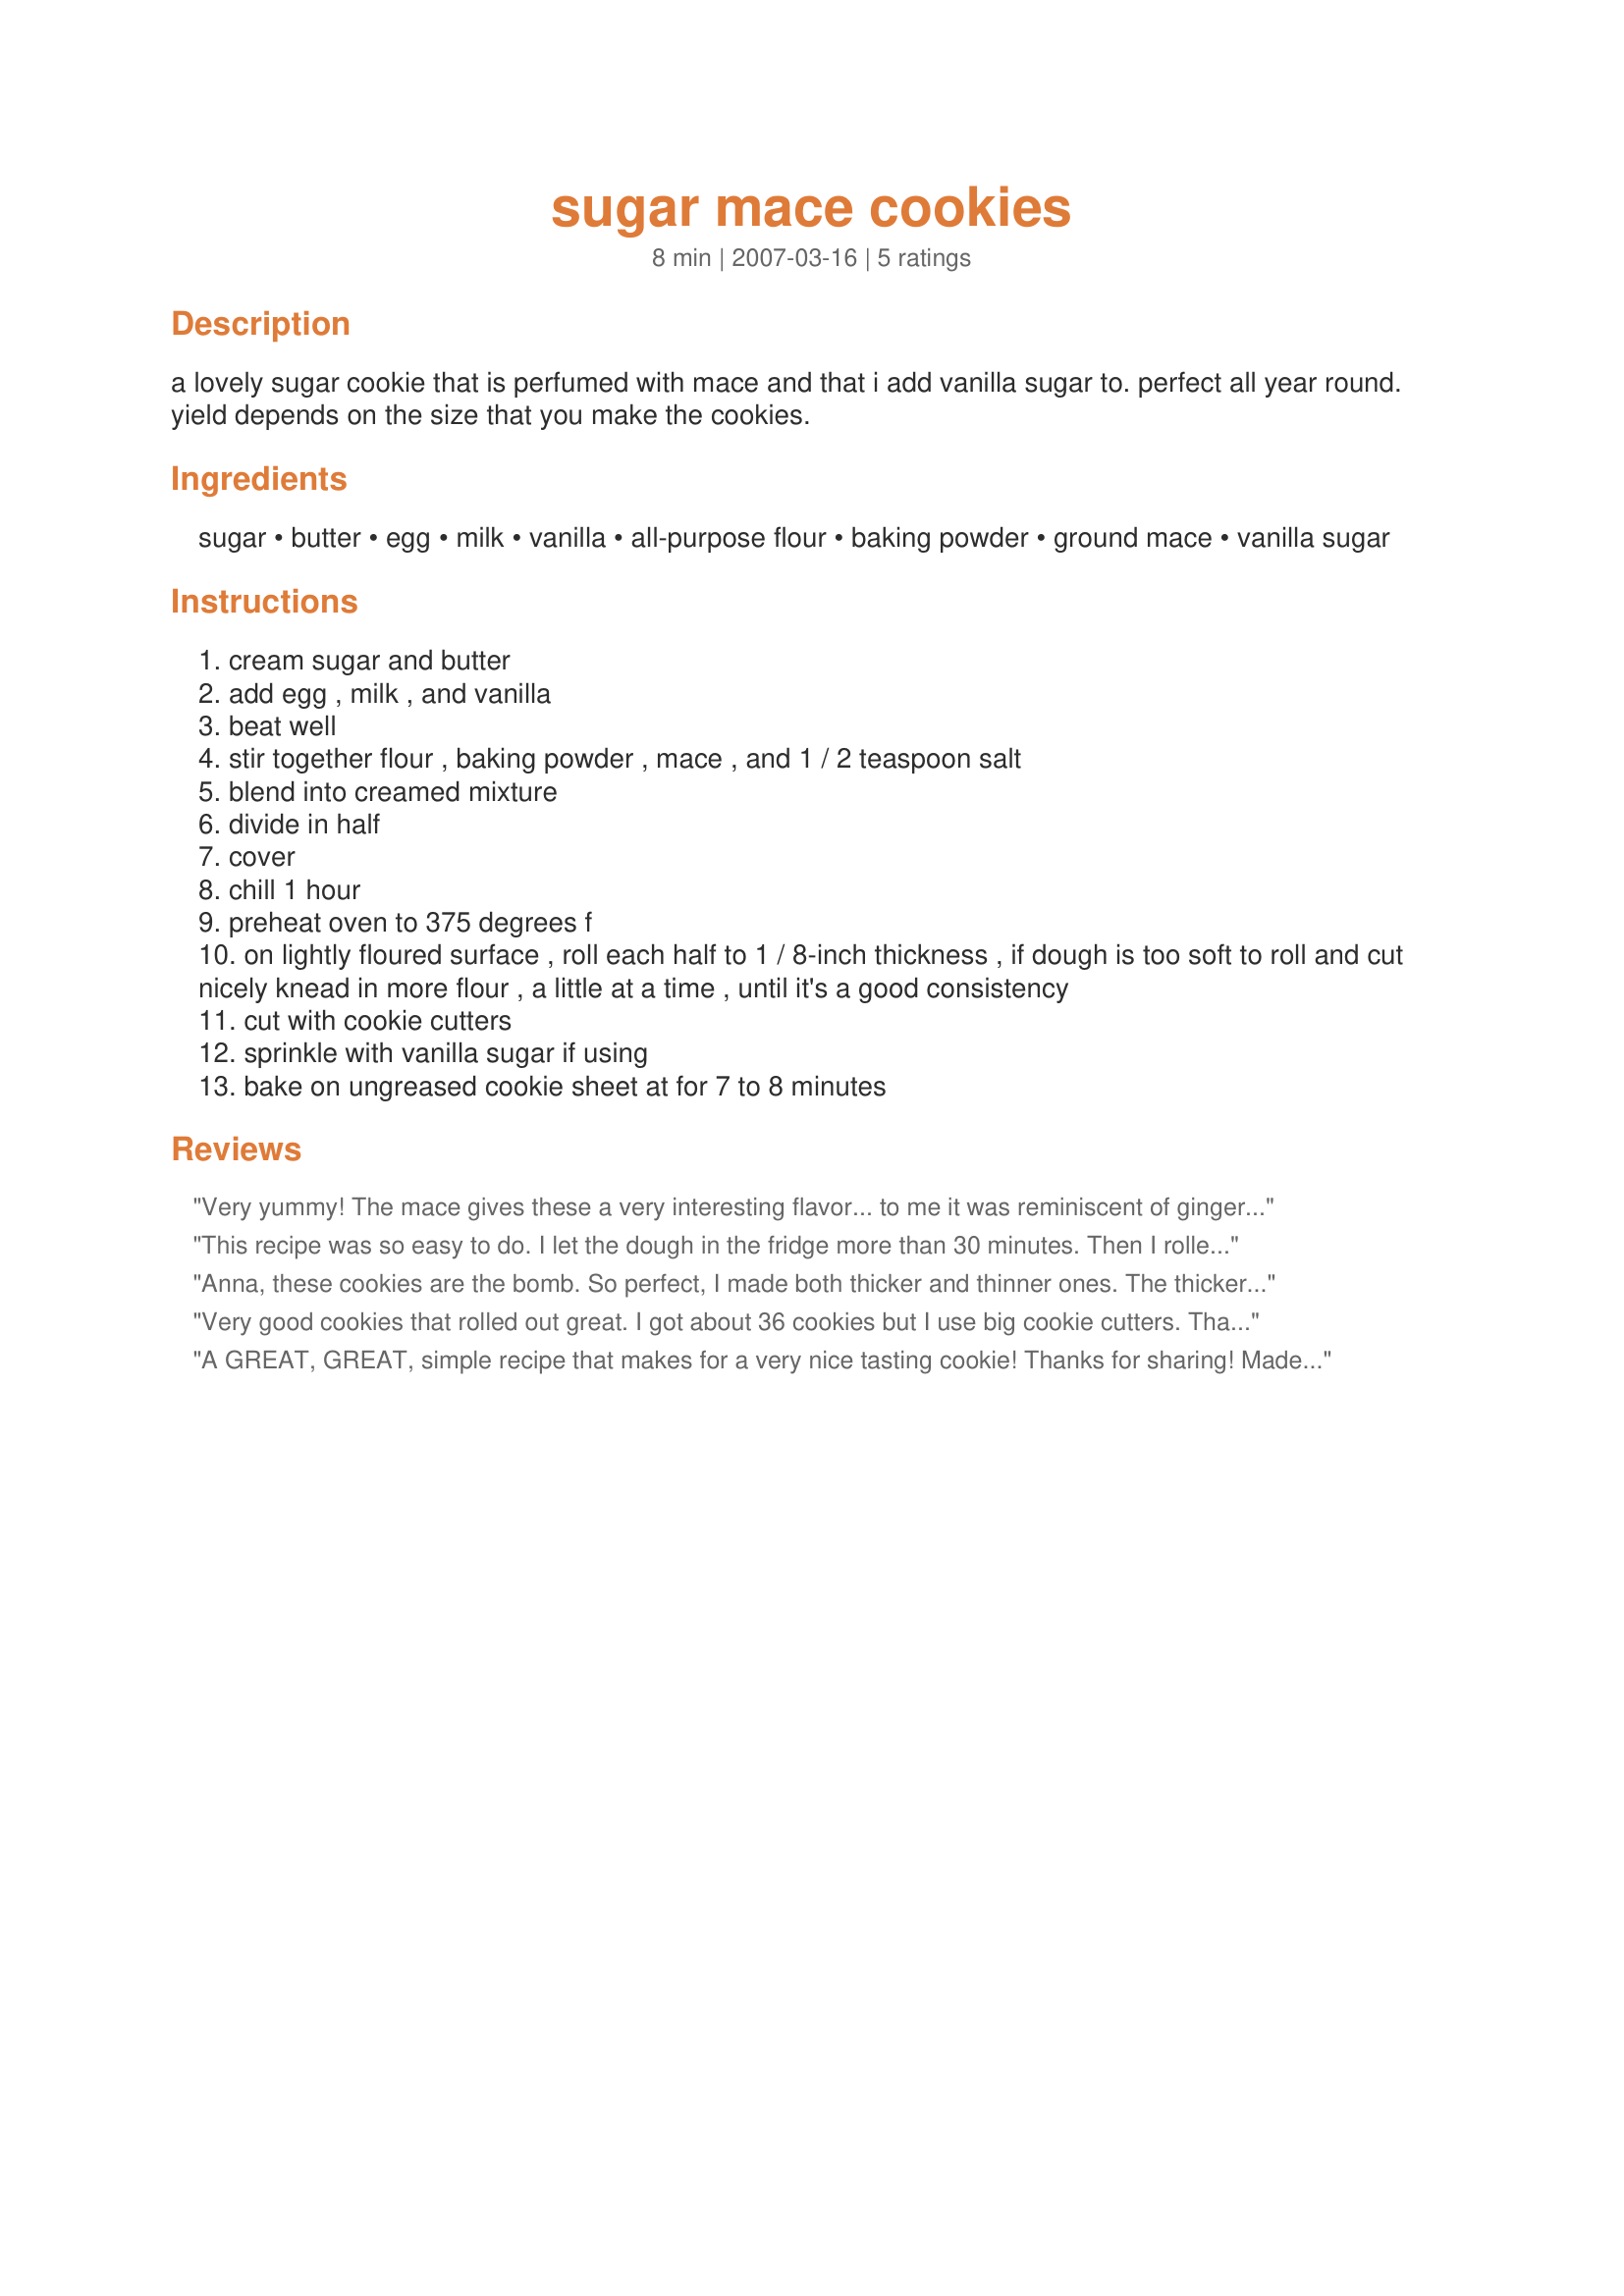
sugar mace cookies
Preparation time: 8 minutes

a lovely sugar cookie that is perfumed with mace and that i add vanilla sugar to. perfect all year round. yield depends on the size that you make the cookies.

Ingredients:
sugar, butter, egg, milk, vanilla, all-purpose flour, baking powder, ground mace, vanilla sugar

Steps:
cream sugar and butter
add egg , milk , and vanilla
beat well
stir together flour , baking powder , mace , and 1 / 2 teaspoon salt
blend into creamed mixture
divide in half
cover
chill 1 hour
preheat oven to 375 degrees f
on lightly floured surface , roll each half to 1 / 8-inch thickness , if dough is too soft to roll and cut nicely knead in more flour , a little at a time , until it's a good consistency
cut with cookie cutters
sprinkle with vanilla sugar if using
bake on ungreased cookie sheet at for 7 to 8 minutes

Reviews:
Very yummy! The mace gives these a very interesting flavor... to me it was reminiscent of gingerbread. 
Besides that, these cookies have a very nice texture. I have been on a "perfect sugar cookie" hunt for awhile now, and I really like the way these stay soft and how the extra baking soda makes them rise more than a usual cookie. I am definitely going to try these without the mace.
I got more like 20 cookies than 48 out of these, but I guess my cookies were larger than the posters.
This recipe was so easy to do. I let the dough in the fridge more than 30 minutes. Then I rolled it and it was easy. I baked them 8 minutes and they were ready. I used only half the dough, the remaining I put it in the freezer for later. Thanks Annacia. The mace gives a nice little taste. Made for PRMR tag game
Anna, these cookies are the bomb. So perfect, I made both thicker and thinner ones. The thicker ones rose beautifully and were soft and tender, while the thinner ones were crisp and delicious. What a wonderful flavor these cookies have. We really enjoyed them, just the right amount of spice. Thank you for sharing a recipe that we will enjoy often. Made as written but used pink sugar and pastels to garnish with.
Very good cookies that rolled out great. I got about 36 cookies but I use big cookie cutters. Thanks for sharing!
A GREAT, GREAT, simple recipe that makes for a very nice tasting cookie! Thanks for sharing! Made this as a simple dessert complement for your recipe #217224! Much enjoyed! [Tagged, made & reviewed in Please Review My Recipe cooking game]
